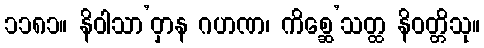
၁၁၈၁။ နိဝါသာ’ဝှာန ဂဟဏ၊ ကိစ္ဆေ’သတ္ထ နိဝတ္တိသု။